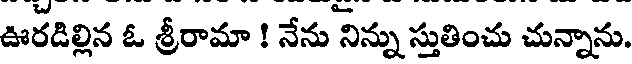
ఊరడిల్లిన ఓ శ్రీరామా ! నేను నిన్ను స్తుతించు చున్నాను.